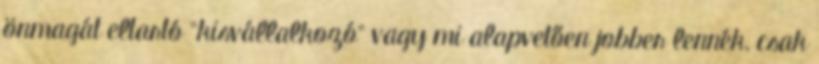
önmagát eltartó "kisvállalkozó" vagy mi alapvetően jobber lennék, csak